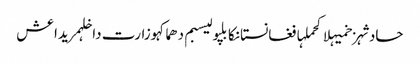
حادثہزخمیہلاکحملہافغانستانکابلپولیسبم دھماکہوزارت داخلہمریداعش